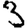
Digit: 3